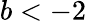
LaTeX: b<-2